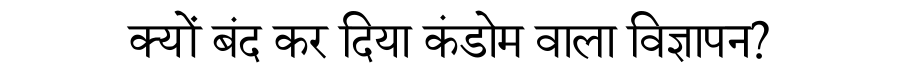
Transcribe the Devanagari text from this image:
क्यों बंद कर दिया कंडोम वाला विज्ञापन?